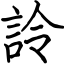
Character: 詅